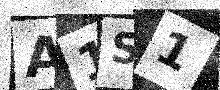
Text: A1S1